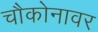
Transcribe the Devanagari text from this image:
चौकोनावर